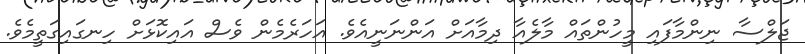
ޖަލްސާ ނިންމާފައި މީހުންތައް މާލެއާ ދިމާއަށް އަންނަނީއެވެ. އަހަރެމެން ވެސް އައިކޮޅަށް ހިނގައިގަތީމެވެ.